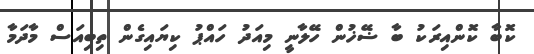
ކޮބާ ކޮންއިރަކު ބާ ޟޭޚުން ހޭލާނީ މިއަދު ހައްޕު ކިޔައިގެން ތިބިއަސް މާދަމާ